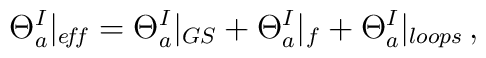
\Theta_a^I|_{e\! f\! f}=\Theta_a^I|_{GS}+\Theta_a^I|_{f}+\Theta_a^I|_{loops}\, ,